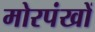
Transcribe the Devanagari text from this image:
मोरपंखों